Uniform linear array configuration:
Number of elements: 32
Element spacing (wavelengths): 0.25
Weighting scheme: exponential
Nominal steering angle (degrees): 45
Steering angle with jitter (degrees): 46.328
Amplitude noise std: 0.05
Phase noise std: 0.05

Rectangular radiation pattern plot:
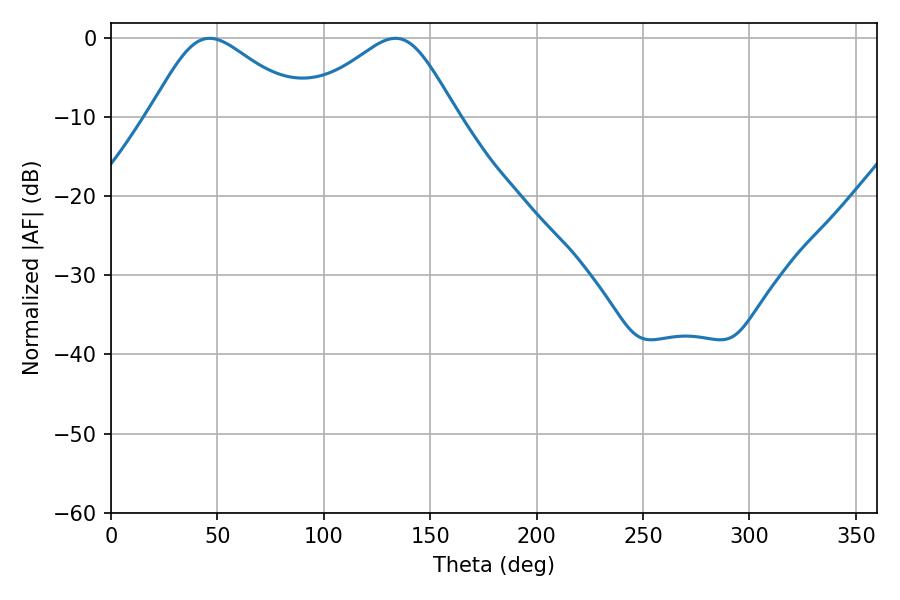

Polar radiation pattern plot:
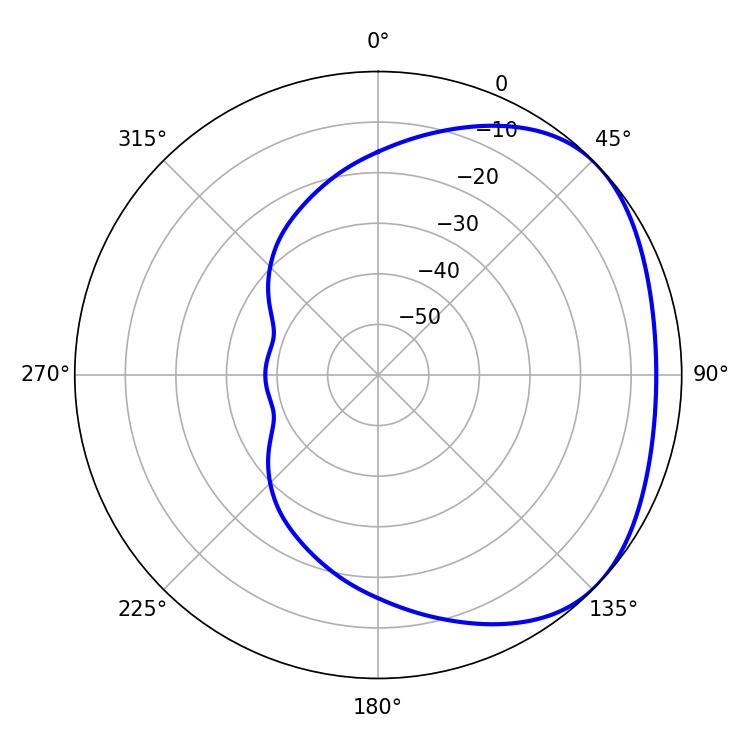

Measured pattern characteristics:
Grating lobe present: FALSE
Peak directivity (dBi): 2.652
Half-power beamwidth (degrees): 36.18
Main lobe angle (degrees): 46.26